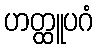
ဟတ္ထူပဂံ